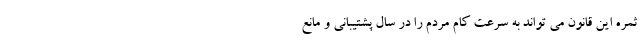
ثمره این قانون می تواند به سرعت کام مردم را در سال پشتیبانی و مانع